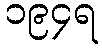
၁၉၄ရ